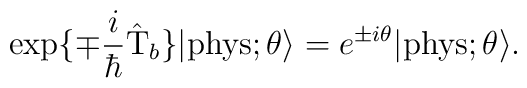
\exp\{\mp \frac{i}{\hbar} \hat{\rm T}_b\}  |{\rm phys}; \theta \rangle = e^{\pm i\theta}  |{\rm phys}; \theta \rangle.